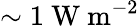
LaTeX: \sim 1~\mathrm{W~m^{-2}}